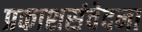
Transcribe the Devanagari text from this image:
प्रकाशसंवेदना